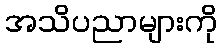
အသိပညာများကို